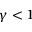
\gamma < 1